Report on the working of the Ranchi Indian Mental Hospital, Kanke, in Bihar and Orissa - 1930-1940
Year: 1930
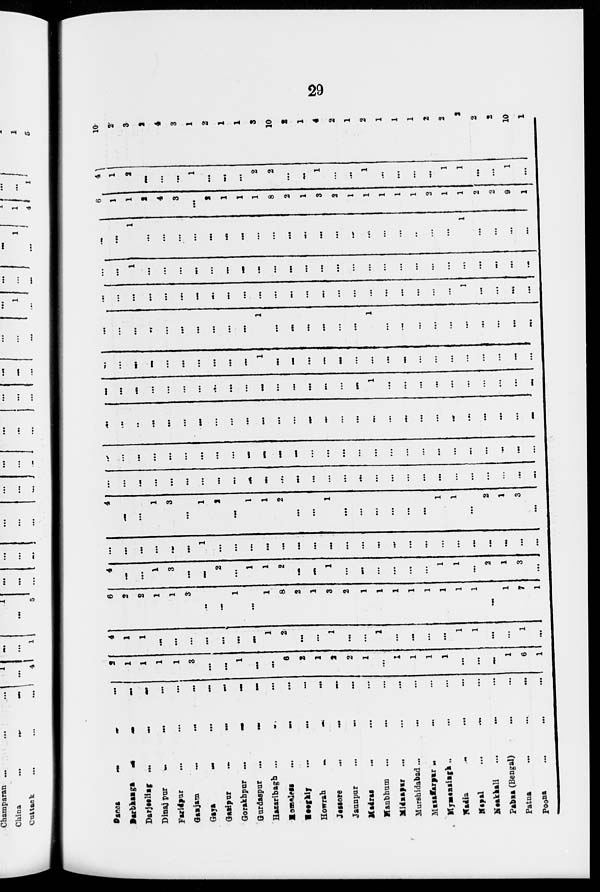
29
Cases ... ... ...
Darthanga
...
...
...
Darjeeling ... ... ...
Dinaj pur ... ... ...
Faridpur ... ... ...
Ganjam
...
...
...
Gaya
...
...
...
Gazipur
...
...
...
Gorakhpur
...
...
...
Gurdaspur
...
...
...
Hazaribagh ... ... ...
Homeless ... ... ...
Hooghiy ... ... ...
Howrah
...
...
...
Jessore ... ... ...
Jaunpur
...
...
...
Madras ... ... ...
Manbhum ... ... ...
Midnapur ... ... ...
Murshidabad . . . . . . ...
Mazafarpur ... ... ...
Mymensingh ... ... ...
Madia ... ... ...
Nepal
...
...
...
Neakhali ... ... ...
Pabna (Bengal) ... ...
Patna
...
...
...
Poona ... ... ...
2
1
1
1
1
3
...
...
1
...
...
6
2
1
2
2
1
...
I
1
1
1
...
...
...
1
6
1
4
1
1
...
...
...
...
...
...
...
1
2
...
...
1
... ...
1
...
...
...
...
1
1
...
...
1
...
6
2
2
1
1
3
...
...
1
...
1
8
2
1
3
2
1
1
1
1
1
1
1
1
...
1
7
1
4
...
...
1
3
...
...
2
...
1
1
2
...
...
1
...
...
...
...
...
...
1
1
...
2
1
3
...
...
...
...
...
...
...
1
...
...
...
...
...
...
...
...
...
...
...
...
...
...
...
...
...
...
...
...
...
4
...
...
1
3
...
1
2
...
1
1
2
...
...
1
...
...
...
...
...
...
1
1
...
2
1
3
...
...
...
...
...
...
...
...
...
...
...
...
...
...
...
...
...
...
...
...
...
...
...
...
...
...
...
...
...
...
...
...
...
...
...
...
...
...
...
...
...
...
...
...
...
...
...
...
...
...
...
...
...
...
...
...
...
...
...
...
...
...
...
...
...
...
...
...
...
...
...
...
...
...
...
...
...
...
...
...
...
...
...
...
...
...
...
...
...
...
...
...
...
...
...
...
...
...
...
...
...
...
1
...
...
...
...
...
...
...
...
...
...
...
...
...
...
...
...
...
...
...
...
1
...
...
...
...
...
...
...
...
...
...
...
...
...
...
...
...
...
...
...
...
...
...
...
...
...
...
...
1
...
...
...
...
...
...
1
...
...
...
...
...
...
...
...
...
...
...
...
...
...
...
...
...
...
...
...
...
...
...
...
...
...
...
...
...
...
...
...
...
1
...
...
...
...
...
...
1
...
...
...
...
...
...
...
...
...
...
...
...
...
...
...
...
...
...
...
...
...
...
...
...
...
...
...
1
...
...
...
...
...
...
...
...
...
...
...
...
...
...
...
...
...
...
...
...
1
...
...
...
...
6
1
1
2
4
3
...
2
1
1
1
8
2
1
3
2
1
1
1
1
1
2
1
1
2
2
9
1
4
1
2
...
...
...
1
...
...
...
2
2
...
...
1
...
...
1
...
...
...
...
1
1
...
...
1
...
10
2
3
2
4
3
1
2
1
1
3
10
2
1
4
2
1
2
1
1
1
2
2
2
2
2
10
1